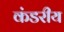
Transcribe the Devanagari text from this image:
कंडरीय